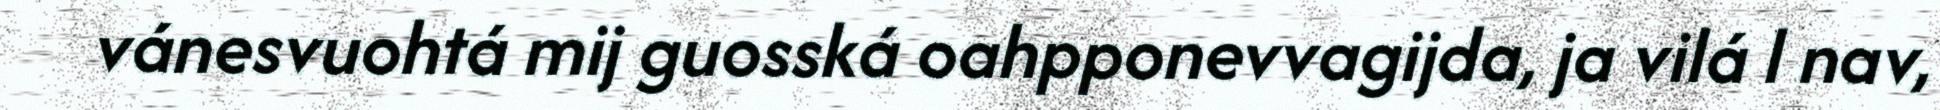
vánesvuohtá mij guosská oahpponevvagijda, ja vilá l nav,